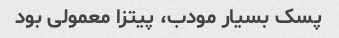
پسک بسیار مودب، پیتزا معمولی بود